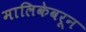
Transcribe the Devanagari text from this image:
मालिकेवरून